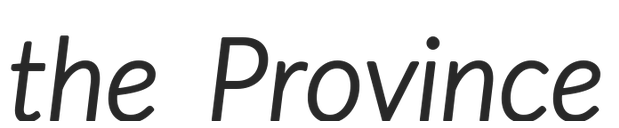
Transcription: the Province